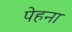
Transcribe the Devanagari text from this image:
पेहना